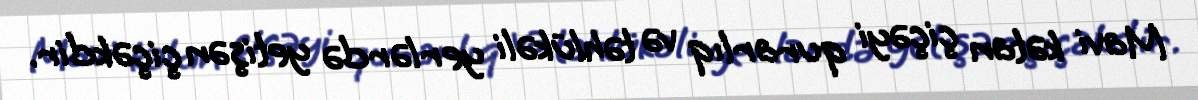
Mavi kətan çiçəyi qurarlıq və təhlükəli yerlərdə yetişən çiçəkdir.